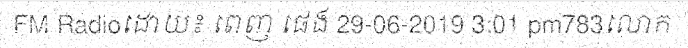
FM Radioដោយ៖ ពេញ ផេង 29-06-2019 3:01 pm783លោក